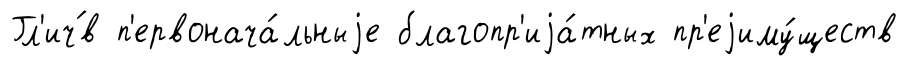
Гл'ич́в п'ервонача́льныjе благопр'иjа́тных пр'еjиму́ществ